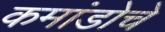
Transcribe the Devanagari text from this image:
कमांडोचे